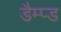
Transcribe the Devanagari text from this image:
डैम्प्ड